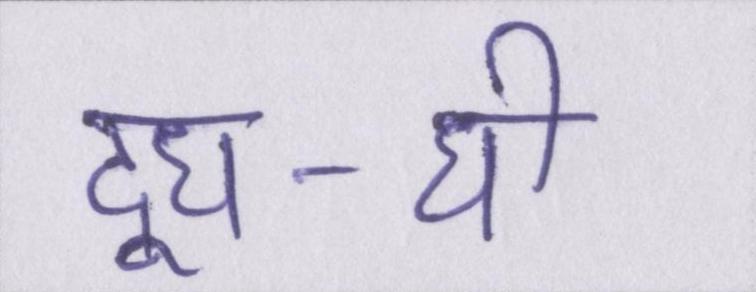
दूध-घी